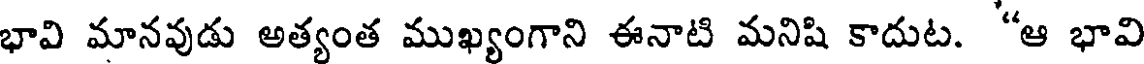
భావి మానవుడు అత్యంత ముఖ్యంగాని ఈనాటి మనిషి కాదుట. "ఆ భావి